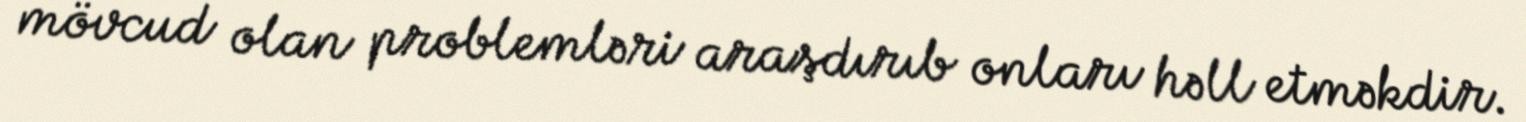
mövcud olan problemləri araşdırıb onları həll etməkdir.